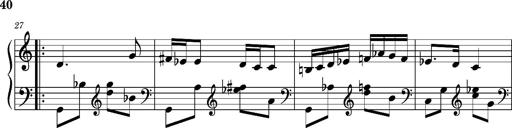
Title: Ungarischer Romanzero
Composer: Franz Liszt